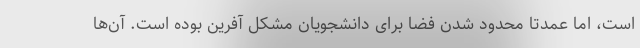
است، اما عمدتا محدود شدن فضا برای دانشجویان مشکل آفرین بوده است. آن‌ها